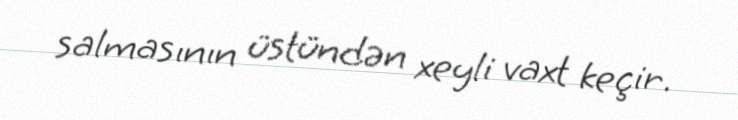
salmasının üstündən xeyli vaxt keçir.